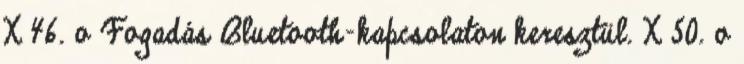
X 46. o Fogadás Bluetooth-kapcsolaton keresztül. X 50. o